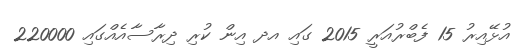
އުޅޭއިރު 15 ފެބްރުއަރީ 2015 ގައި އދ އިން ކުރި ދިރާސާއެއްގައި 220000